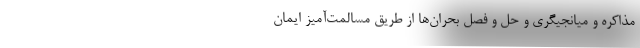
مذاکره و میانجیگری و حل و فصل بحران‌ها از طریق مسالمت‌آمیز ایمان